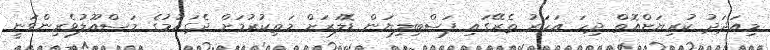
މިއަދަދު ކުރިޔަށްއޮތް ދިހަ އަހަރު ތެރޭގައި ފަސްބިލިޔަން ޑޮލަރަށް މަތިކުރުމަށް ދެގައުމުގެ މަސްއޫލުވެރިންވަނީ